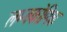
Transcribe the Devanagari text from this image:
लम्बकोणिक